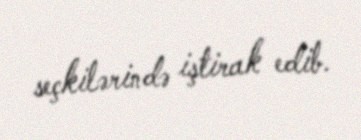
seçkilərində iştirak edib.